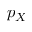
p _ { X }